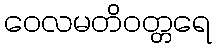
ဝေလမတိဝတ္တရေ